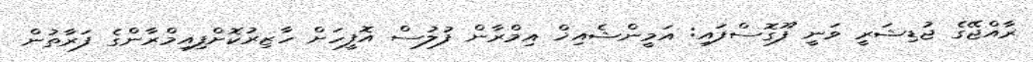
ރާއްޖޭގެ ޖުޑިޝަރީ ވަނީ ފޫގޮސްފައި: އަމީންޝެއިޚް އިމްރާން ފުލުސް އޮފީހަށް ހާޒިރުކޮށްފިއިމްރާންގެ ފަރާތުން